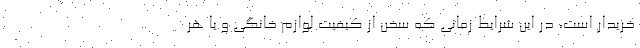
خریدار است، در این شرایط زمانی که سخن از کیفیت لوازم خانگی و یا هر